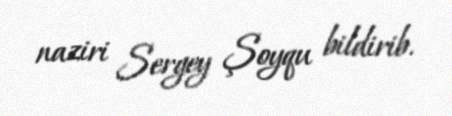
naziri Sergey Şoyqu bildirib.